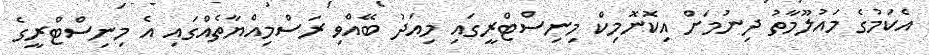
އެކަމުގެ މައުލޫމާތު ދިނުމަށް އިކޮނޮމިކް މިނިސްޓްރީގައި މިއަދު ބޭއްވި ރަސްމިއްޔާތެއްގައި އެ މިނިސްޓްރީގެ